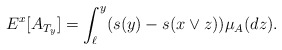
\begin{align*}E^x[A_{T_y}]=\int_{\ell}^y (s(y)-s(x\vee z))\mu_A(dz).\end{align*}